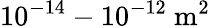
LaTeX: \mathrm{10^{-14}-10^{-12}\ m^{2}}